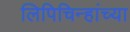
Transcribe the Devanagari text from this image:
लिपिचिन्हांच्या